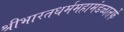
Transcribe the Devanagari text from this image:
श्रीभारतधर्ममहामंडळातर्फे